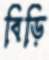
বিড়ি